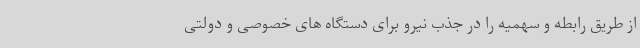
از طریق رابطه و سهمیه را در جذب نیرو برای دستگاه های خصوصی و دولتی